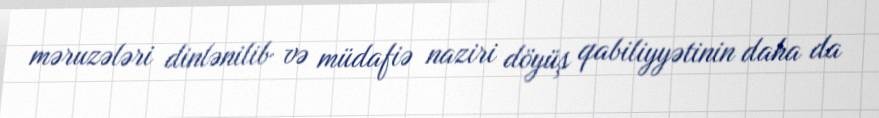
məruzələri dinlənilib və müdafiə naziri döyüş qabiliyyətinin daha da